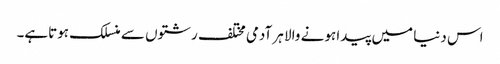
اس دنیا میں پیدا ہونے والا ہر آدمی مختلف رشتوں سے منسلک ہوتاہے۔